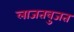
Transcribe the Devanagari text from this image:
लाजतबुजत